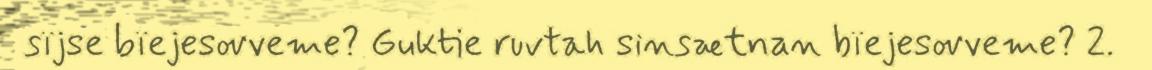
sïjse bïejesovveme? Guktie ruvtah sinsætnan bïejesovveme? 2.